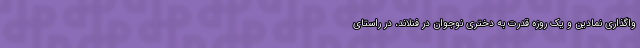
واگذاری نمادین و یک روزه قدرت به دختری نوجوان در فنلاند، در راستای